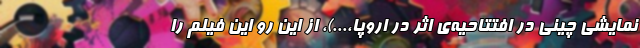
نمایشی چینی در افتتاحیه‌ی اثر در اروپا،...)، از این رو این فیلم را